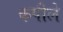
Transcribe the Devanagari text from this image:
कपीले